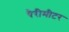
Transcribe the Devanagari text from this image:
पैरीमीटर